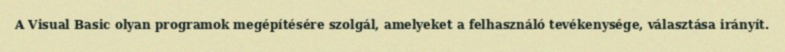
A Visual Basic olyan programok megépítésére szolgál, amelyeket a felhasználó tevékenysége, választása irányít.